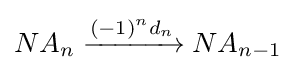
NA_{n}\xrightarrow {(-1)^{n}d_{n}} NA_{n-1}